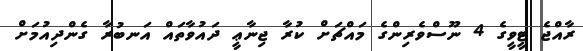
ރާއްޖެ ޓީވީގެ 4 ނޫސްވެރިންގެ މައްޗަށް ކުރާ ޖިނާޢީ ދައުވާތައް އަނބުރާ ގެންދިއުމަށް